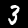
Label: 3